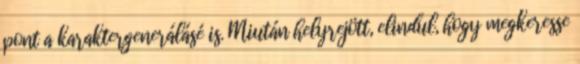
pont a karaktergenerálásé is. Miután helyrejött, elindul, hogy megkeresse